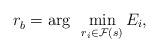
LaTeX: \begin{align*}r_b^{} = \arg~\min_{ r_i \in \mathcal{F}(s) } E_i,\end{align*}